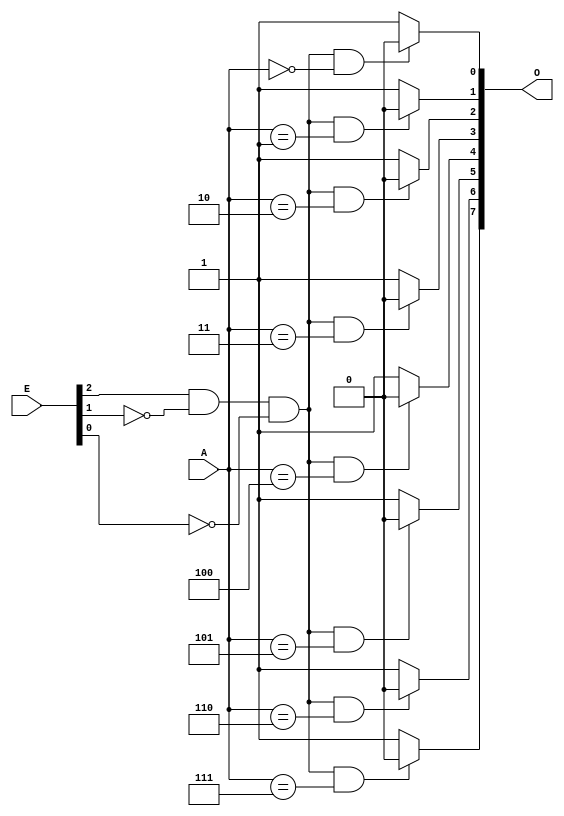
module THREE_EIGHT_DECODER(input[2:0] A , input [3:1] E , output [7:0] O);// Intel 8205 ; 1 Out of 8 Binary Decoder
wire enable_w;
assign enable_w = E[3] & ~E[2] & ~E[1];
assign O[0] = (enable_w & (A == 3'b000))? 1'b0 : 1'b1;
assign O[1] = (enable_w & (A == 3'b001))? 1'b0 : 1'b1;
assign O[2] = (enable_w & (A == 3'b010))? 1'b0 : 1'b1;
assign O[3] = (enable_w & (A == 3'b011))? 1'b0 : 1'b1;
assign O[4] = (enable_w & (A == 3'b100))? 1'b0 : 1'b1;
assign O[5] = (enable_w & (A == 3'b101))? 1'b0 : 1'b1;
assign O[6] = (enable_w & (A == 3'b110))? 1'b0 : 1'b1;
assign O[7] = (enable_w & (A == 3'b111))? 1'b0 : 1'b1;
endmodule